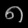
Digit: ၈